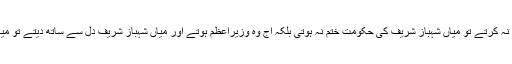
میاں نواز شریف ضد سے کام لے کر اپنے بیانیے پر اصرار نہ کرتے تو میاں شہباز شریف کی حکومت ختم نہ ہوتی بلکہ آج وہ وزیراعظم ہوتے اور میاں شہباز شریف دل سے ساتھ دیتے تو میاں نوازشریف کے سیاسی بیانیے کا وہ حشر نہ ہوتا جو ہوگیا۔